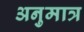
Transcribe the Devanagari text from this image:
अनुमात्र